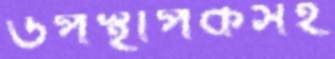
উপস্থাপকসহ